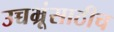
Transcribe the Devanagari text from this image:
उच्चभ्रूंसाठीच